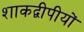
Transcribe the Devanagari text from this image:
शाकद्वीपीयों